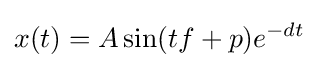
x(t)=A\sin(tf+p)e^{-dt}